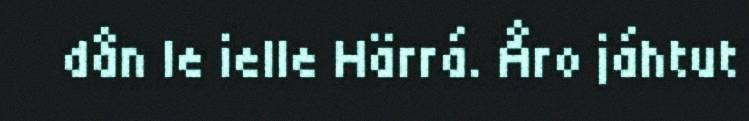
dån le ielle Härrá. Åro jáhtut